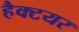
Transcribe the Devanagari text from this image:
हैक्टयर